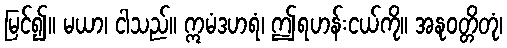
မြင်၍။ မယာ၊ ငါသည်။ ဣမံဒဟရံ၊ ဤရဟန်းငယ်ကို။ အနုဝတ္တိတုံ၊